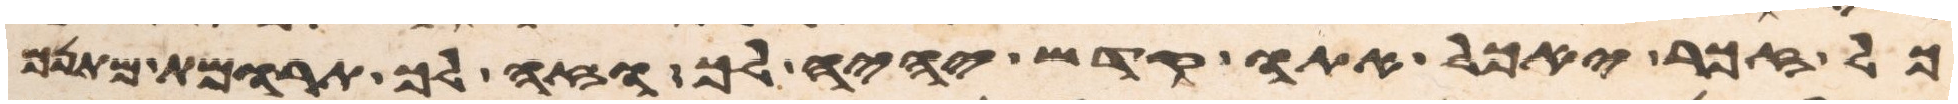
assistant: כל זכר יאכל אתו קדש יהיה לך וזה לך תרומת